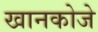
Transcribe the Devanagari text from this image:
खानकोजे